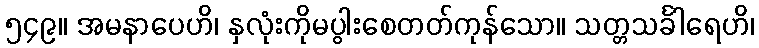
၅၄၉။ အမနာပေဟိ၊ နှလုံးကိုမပွါးစေတတ်ကုန်သော။ သတ္တသင်္ခါရေဟိ၊